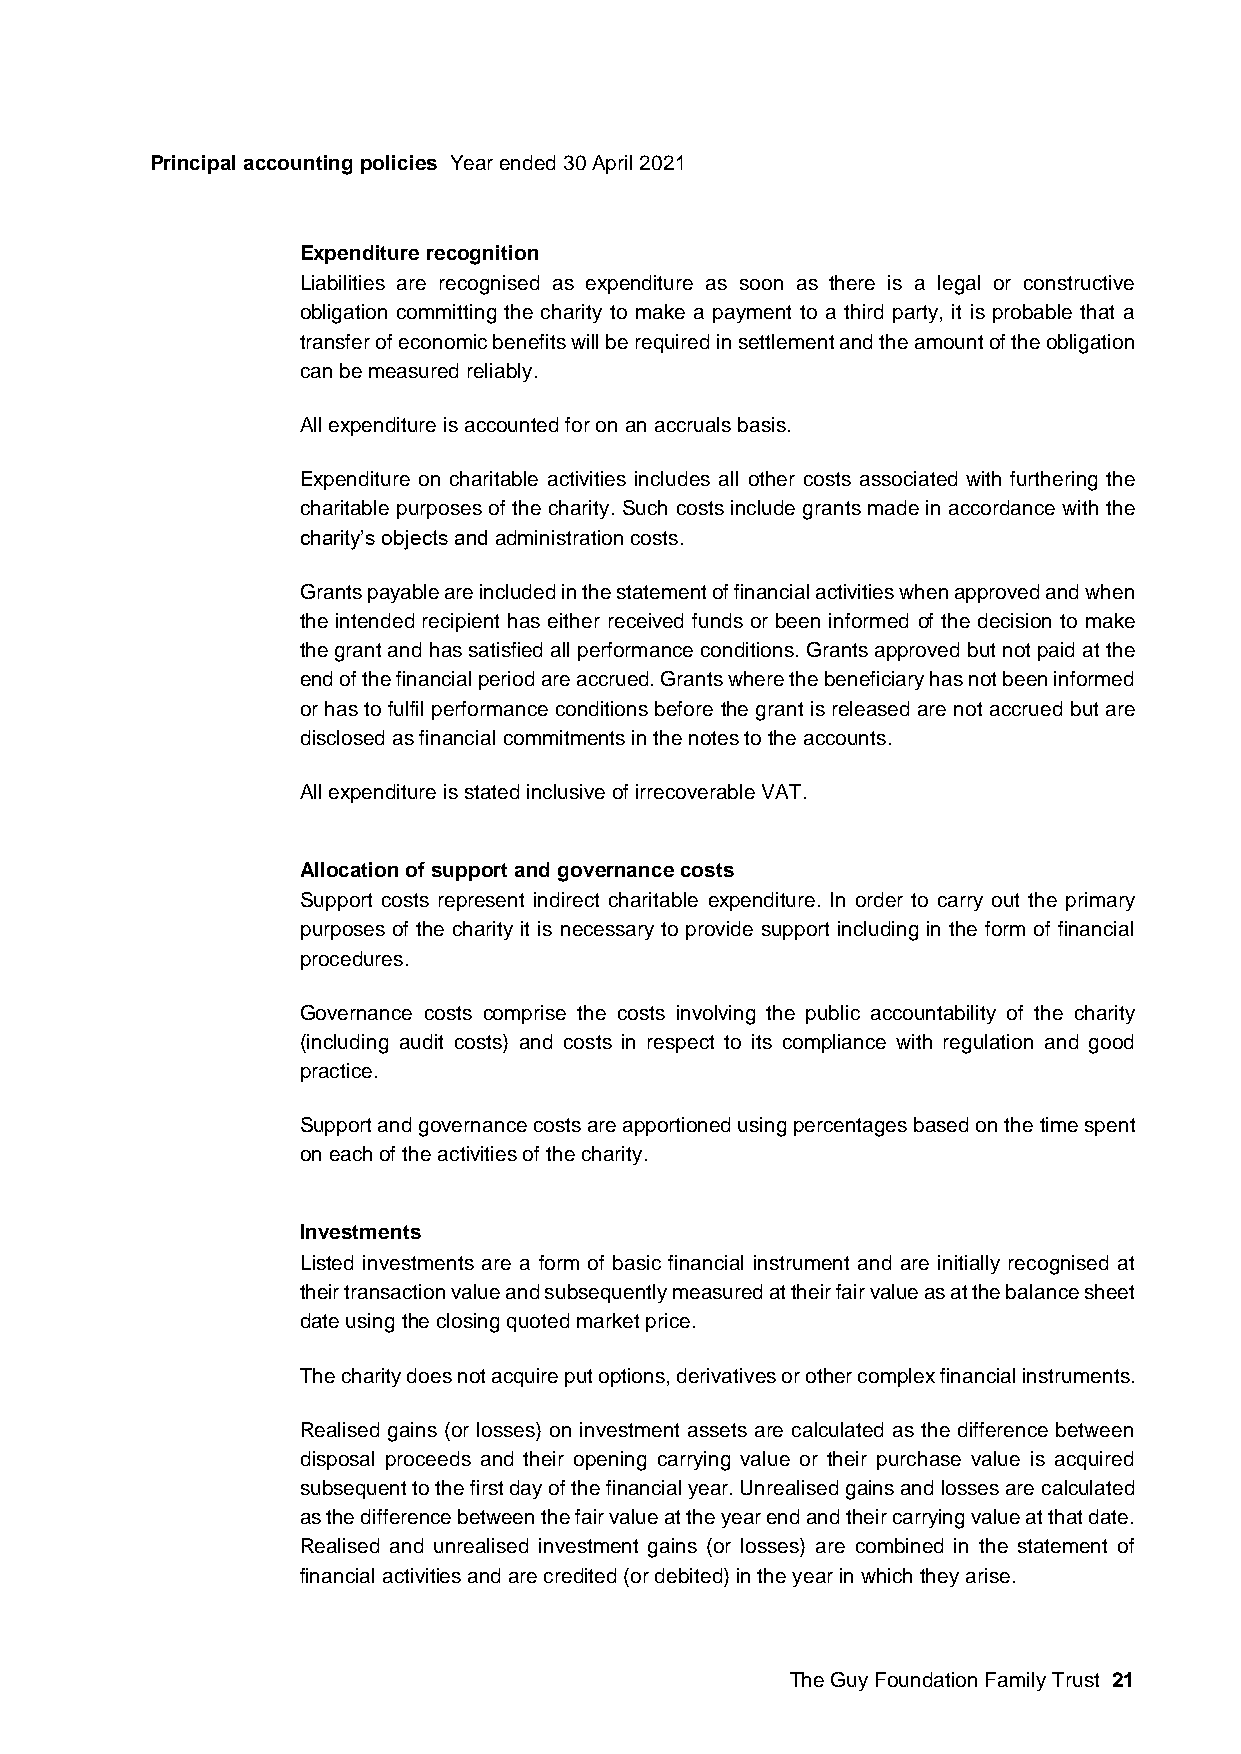
Principal accounting policies Year ended 30 April 2021
 Expenditure recognition
 Liabilities are recognised as expenditure as soon as there is a legal or constructive
 obligation committing the charity to make a payment to a third party, it is probable that a
 transfer of economic benefits will be required in settlement and the amount of the obligation
 can be measured reliably.
 All expenditure is accounted for on an accruals basis.
 Expenditure on charitable activities includes all other costs associated with furthering the
 charitable purposes of the charity. Such costs include grants made in accordance with the
 charity’s objects and administration costs.
 Grants payable are included in the statement of financial activities when approved and when
 the intended recipient has either received funds or been informed of the decision to make
 the grant and has satisfied all performance conditions. Grants approved but not paid at the
 end of the financial period are accrued. Grants where the beneficiary has not been informed
 or has to fulfil performance conditions before the grant is released are not accrued but are
 disclosed as financial commitments in the notes to the accounts.
 All expenditure is stated inclusive of irrecoverable VAT.
 Allocation of support and governance costs
 Support costs represent indirect charitable expenditure. In order to carry out the primary
 purposes of the charity it is necessary to provide support including in the form of financial
 procedures.
 Governance costs comprise the costs involving the public accountability of the charity
 (including audit costs) and costs in respect to its compliance with regulation and good
 practice.
 Support and governance costs are apportioned using percentages based on the time spent
 on each of the activities of the charity.
 Investments
 Listed investments are a form of basic financial instrument and are initially recognised at
 their transaction value and subsequently measured at their fair value as at the balance sheet
 date using the closing quoted market price.
 The charity does not acquire put options, derivatives or other complex financial instruments.
 Realised gains (or losses) on investment assets are calculated as the difference between
 disposal proceeds and their opening carrying value or their purchase value is acquired
 subsequent to the first day of the financial year. Unrealised gains and losses are calculated
 as the difference between the fair value at the year end and their carrying value at that date.
 Realised and unrealised investment gains (or losses) are combined in the statement of
 financial activities and are credited (or debited) in the year in which they arise.
 The Guy Foundation Family Trust 21